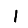
Digit: 1